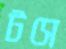
টসে